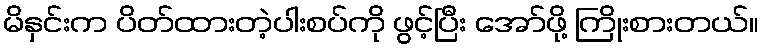
မိနှင်းက ပိတ်ထားတဲ့ပါးစပ်ကို ဖွင့်ပြီး အော်ဖို့ ကြိုးစားတယ်။